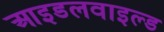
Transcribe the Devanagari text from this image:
आइडलवाइल्ड